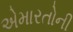
એમારતોની